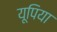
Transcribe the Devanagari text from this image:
यूपिया